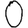
Digit: 0